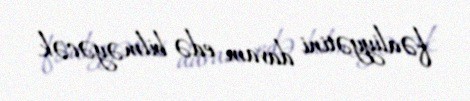
fəaliyyətini davam edə bilməyəcək.